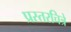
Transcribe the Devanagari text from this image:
प्रस्तरचित्रे